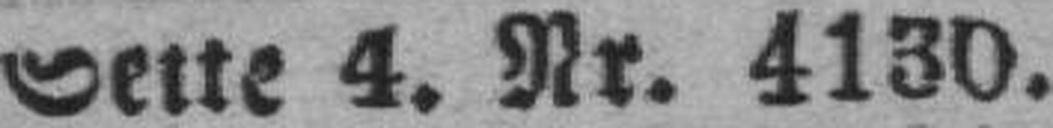
Seite 4. Nr. 4130.